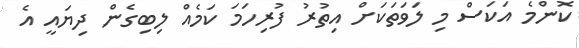
ކޮންމެ އަކަސް މި ލަވަތަކަށް އިތުރު ފުރިހަމަ ކަމެއް ލިބިގެން ދިޔައީ އެ